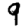
Digit: 9